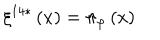
\xi ^ { 1 4 \ast } \left( x \right) = \pi _ { \varphi } \left( x \right)